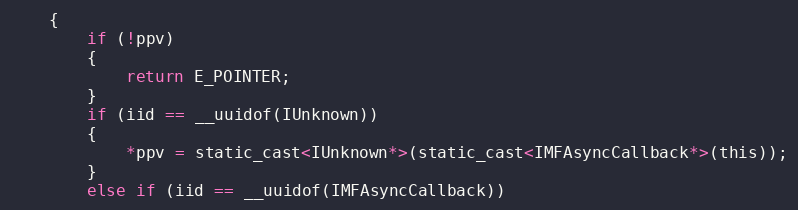
Language: C
    {
        if (!ppv)
        {
            return E_POINTER;
        }
        if (iid == __uuidof(IUnknown))
        {
            *ppv = static_cast<IUnknown*>(static_cast<IMFAsyncCallback*>(this));
        }
        else if (iid == __uuidof(IMFAsyncCallback))